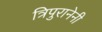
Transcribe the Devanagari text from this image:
त्रिपुरानेनी